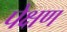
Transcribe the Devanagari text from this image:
पेक्षण